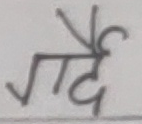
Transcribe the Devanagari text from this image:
गर्दी